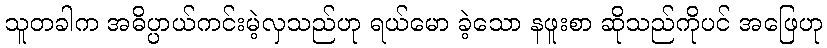
သူတခါက အဓိပ္ပာယ်ကင်းမဲ့လှသည်ဟု ရယ်မော ခဲ့သော နဖူးစာ ဆိုသည်ကိုပင် အဖြေဟု